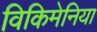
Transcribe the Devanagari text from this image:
विकिमेनिया